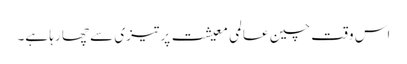
اس وقت چین عالمی معیشت پر تیزی سے چھا رہا ہے۔